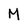
Character: M